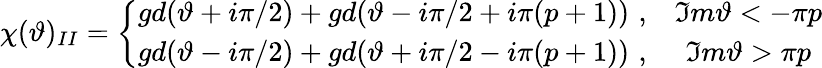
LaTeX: \chi(\vartheta)_{II}=\left\{ \begin{array}{cc}{{gd(\vartheta+i\pi/2)+gd(\vartheta-i\pi/2+i\pi(p+1))\, \, ,}}&{{\Im m\vartheta<-\pi p}}\\ {{gd(\vartheta-i\pi/2)+gd(\vartheta+i\pi/2-i\pi(p+1))\, \, ,}}&{{\Im m\vartheta>\pi p}}\end{array}\right.